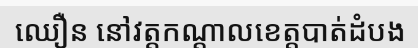
ឈឿន នៅវត្តកណ្តាលខេត្តបាត់ដំបង